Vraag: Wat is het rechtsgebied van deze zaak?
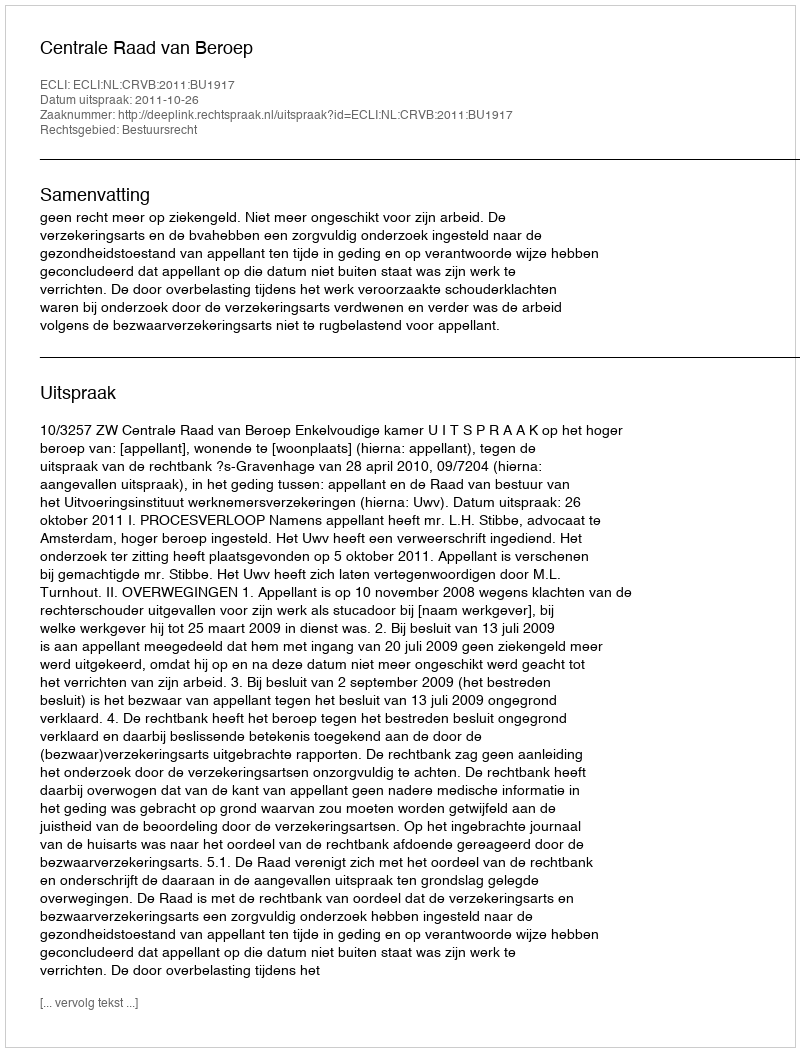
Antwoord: Bestuursrecht